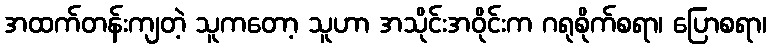
အထက်တန်းကျတဲ့ သူကတော့ သူဟာ အသိုင်းအဝိုင်းက ဂရုစိုက်စရာ၊ ပြောစရာ၊